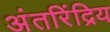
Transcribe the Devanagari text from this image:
अंतरिंद्रिय